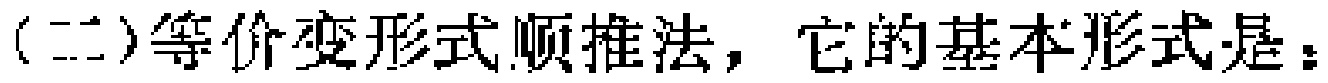
（二）等价变形式顺推法，它的基本形式是：